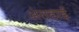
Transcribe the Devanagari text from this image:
अंतहाई